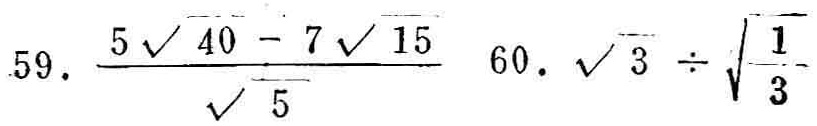
59. \(\frac{5\sqrt{40}-7\sqrt{15}}{\sqrt{5}}\)  60. \(\sqrt{3}\div\sqrt{\frac{1}{3}}\)